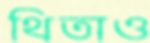
থিতাও